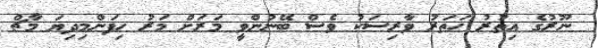
ނޫރުގެ އިތުރު ހަތަރު ވާރިސަކު ވެސް ބޭނުންވީ މަރަށް މަރު ހިފަންމިދިޔަ މާޗް